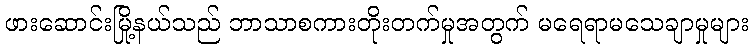
ဖားဆောင်းမြို့နယ်သည် ဘာသာစကားတိုးတက်မှုအတွက် မရေရာမသေချာမှုများ